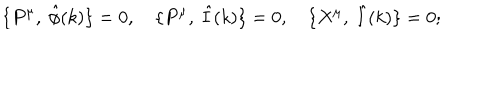
\{ P ^ { \mu } , \ { \hat { \phi } } ( k ) \} = 0 , \quad \{ P ^ { \mu } , \ \hat { I } ( k ) \} = 0 , \quad \{ X ^ { \mu } , \ \hat { I } ( k ) \} = 0 ;